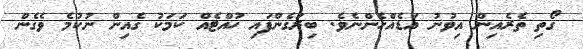
ގޯތި ތެރެއިން އިވުނު އަޑެއްހެންނެވެ. ބިރުގެންފައި ހުއްޓެއް ކަމަކު ގެއިން ނުކުމެ ވެގެން